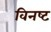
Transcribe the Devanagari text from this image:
विनष्‍ट